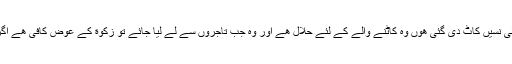
(۰) ” جس اونٹ کے پیر کی موٹی والی نسیں کاٹ دی گئی ھوں وہ کاٹنے والے کے لئے حلال ھے اور وہ جب تاجروں سے لے لیا جائے تو زکوٰة کے عوض کافی ھے اگر چہ زکوٰة کے نام سے نہ لیا گیا ھو ۔